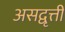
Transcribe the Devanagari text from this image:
असद्वृत्ती